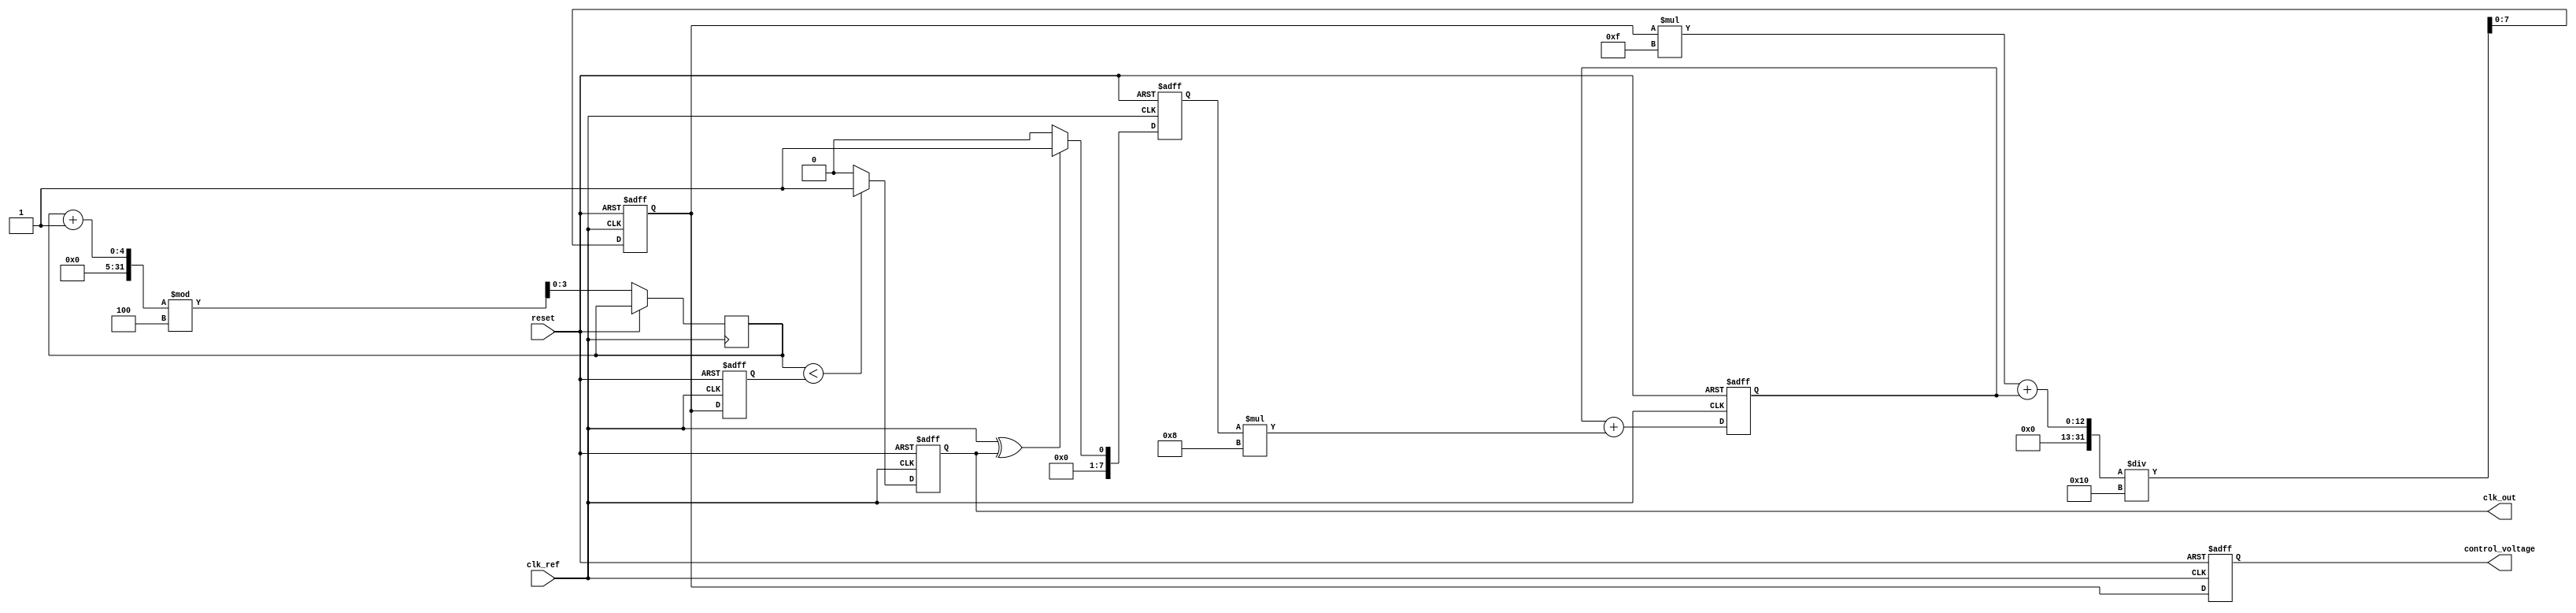
module dual_loop_pll (
    input wire clk_ref,          // Reference clock input
    input wire reset,            // Asynchronous reset
    output reg clk_out,          // Output clock
    output reg [7:0] control_voltage // Control voltage for VCO
);

// Parameters
parameter DIV_RATIO = 4; // Frequency divider ratio
parameter CP_GAIN = 8;    // Charge pump gain
parameter LF_TIME_CONST = 16; // Loop filter time constant

// Internal signals
reg [7:0] phase_error;      // Phase error signal
reg [7:0] charge_pump_out;  // Charge pump output
reg [7:0] loop_filter_out;   // Loop filter output
reg [7:0] vco_freq;         // VCO frequency control
reg clk_div;                // Divided clock signal
reg [3:0] counter;          // Counter for frequency division

// Phase Detector (PD)
always @(posedge clk_ref or posedge reset) begin
    if (reset) begin
        phase_error <= 8'b0;
    end else begin
        // Simple XOR phase detector
        phase_error <= (clk_ref ^ clk_out) ? 8'b1 : 8'b0; // Example phase error
    end
end

// Charge Pump (CP)
always @(posedge clk_ref or posedge reset) begin
    if (reset) begin
        charge_pump_out <= 8'b0;
    end else begin
        // Charge pump logic
        charge_pump_out <= charge_pump_out + (phase_error * CP_GAIN);
    end
end

// Loop Filter (LF)
always @(posedge clk_ref or posedge reset) begin
    if (reset) begin
        loop_filter_out <= 8'b0;
    end else begin
        // Simple first-order low-pass filter
        loop_filter_out <= (loop_filter_out * (LF_TIME_CONST - 1) + charge_pump_out) / LF_TIME_CONST;
    end
end

// Voltage-Controlled Oscillator (VCO)
always @(posedge clk_ref or posedge reset) begin
    if (reset) begin
        vco_freq <= 8'b0;
        clk_out <= 1'b0;
    end else begin
        // VCO frequency control based on loop filter output
        vco_freq <= loop_filter_out;
        // Generate output clock based on VCO frequency
        clk_out <= (counter < vco_freq) ? 1'b1 : 1'b0;
        counter <= (counter + 1) % DIV_RATIO; // Frequency division
    end
end

// Control Voltage Output
always @(posedge clk_ref or posedge reset) begin
    if (reset) begin
        control_voltage <= 8'b0;
    end else begin
        control_voltage <= loop_filter_out; // Output control voltage
    end
end

endmodule